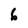
Character: 6